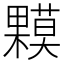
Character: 𰙁